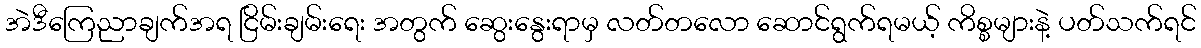
အဲဒီကြေညာချက်အရ ငြိမ်းချမ်းရေး အတွက် ဆွေးနွေးရာမှ လတ်တလော ဆောင်ရွက်ရမယ့် ကိစ္စများနဲ့ ပတ်သက်ရင်